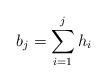
LaTeX: \begin{align*}b_{j}=\sum_{i=1}^{j}h_{i}\end{align*}